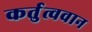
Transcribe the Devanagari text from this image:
कर्तुत्ववान